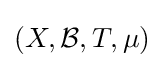
(X,{\mathcal {B}},T,\mu )